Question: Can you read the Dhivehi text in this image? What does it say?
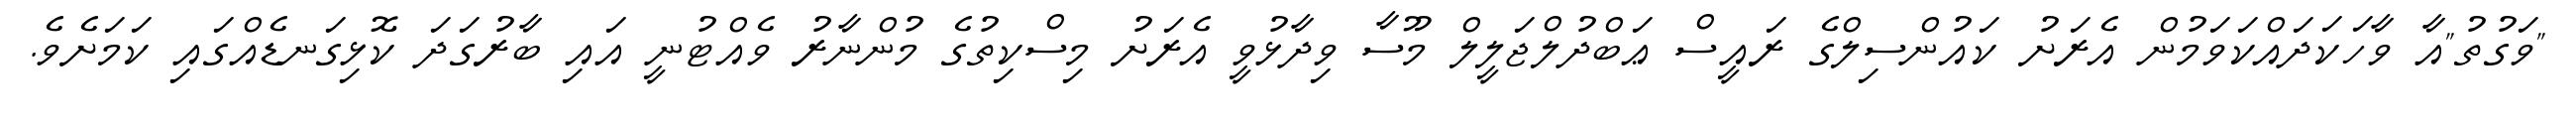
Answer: "ވަގުތު"އާ ވާހަކަދައްކަވަމުން އެރަށު ކައުންސިލްގެ ރައީސް ޢަބްދުލްޖަލީލް މޫސާ ވިދާޅުވީ އެރަށު މިސްކިތުގެ މުންނާރު ވެއްޓުނީ އައި ބާރުގަދަ ކޮޅިގަނޑެއްގައި ކަމަށެވެ.